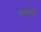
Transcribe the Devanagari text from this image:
एमसीटी